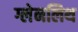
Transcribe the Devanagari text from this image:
ग्लेनलिथ